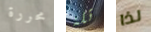
محررة تلة لذا